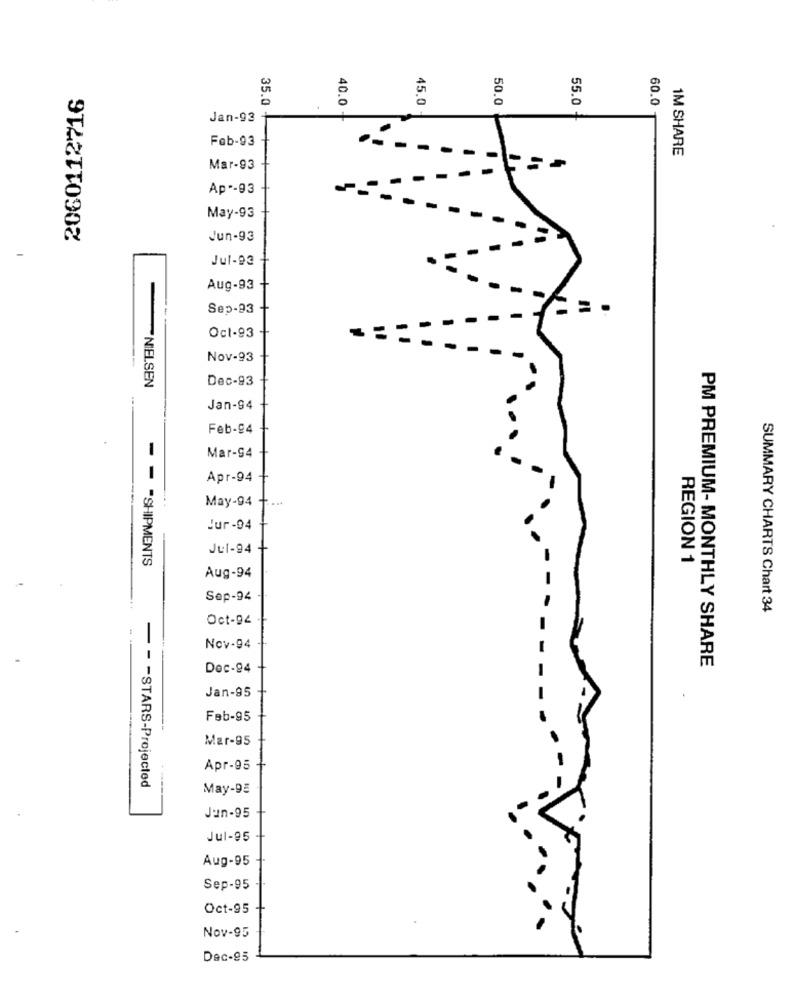
2060112716
50.0
55.0
60.0
35.0 +
40.0
45.0
Jan-93
Fab-93
1M SHARE
Mar-93
Ap -- 93
May-93
Jun-93
-
Jul-93
Aug-93
Sep-93
= .
Oct-93
Nov-93
NIELSEN
Dec-93
Jan-94
Feb-94
Mar-94
Apr-94
May-94
Jur-94
Jul-94
- = "SHIPMENTS
REGION 1
Aug-94
Sep-94
SUMMARY CHARTS Chart 34
Oct-94
Nov-94 -
Dec-94
PM PREMIUM- MONTHLY SHARE
Jan-95
Feb-95
Mar-95
Apr-95
- - - STARS-Projected
May-95
Jun-95
Jul-95
Aug-95
Sep-95
Oct-95
Nov-95
Dec-95